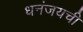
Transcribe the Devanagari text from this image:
धनंजयची